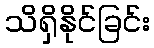
သိရှိနိုင်ခြင်း